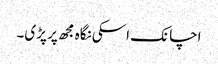
اچانک اسکی نگاہ مجھ پر پڑی۔